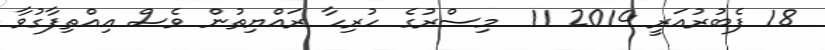
18 ފެބުރުއަރީ 2014 11  މިސްރުގެ ހުރިހާ ރައްޔިތުން ވެސް އިއްތިފާގުވާ